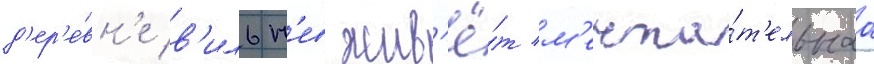
д'ер'е́вн'е в'ильн'ев жив'ё́т м'ечта́т'ельнаа